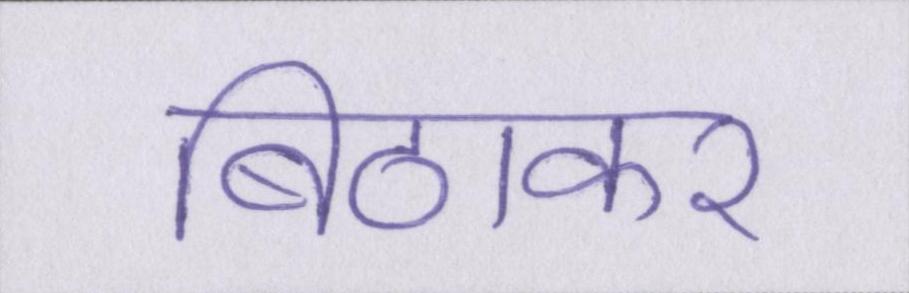
बिठाकर